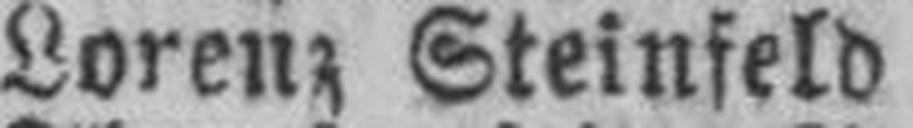
Lorenz Steinfeld